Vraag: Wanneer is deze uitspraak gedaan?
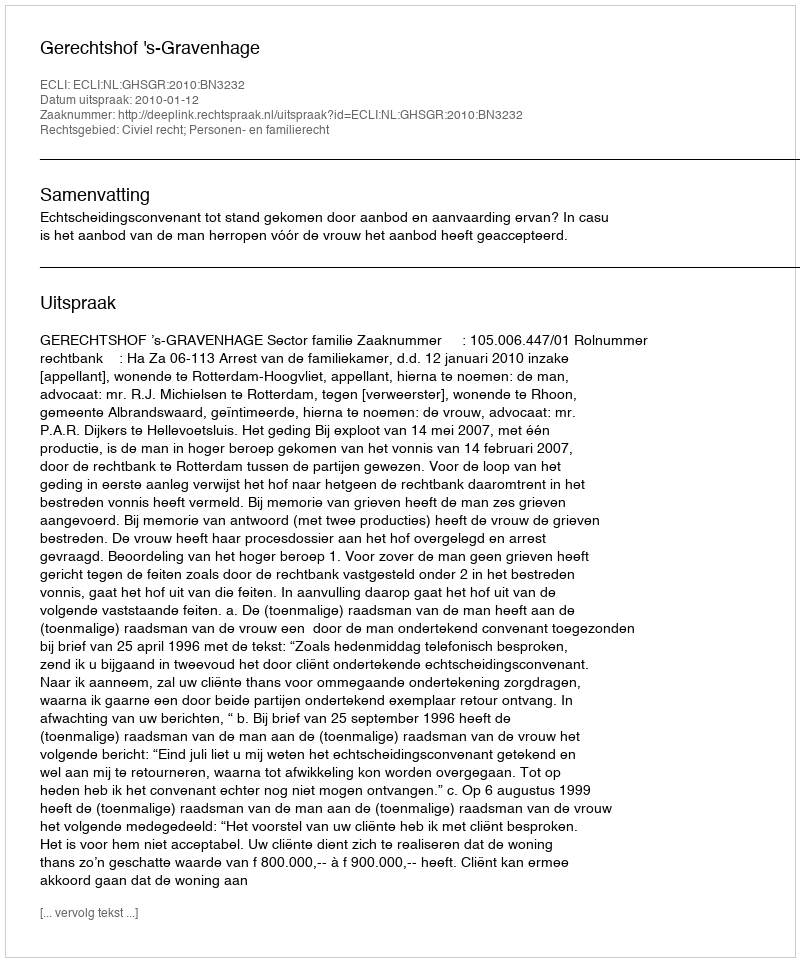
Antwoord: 2010-01-12